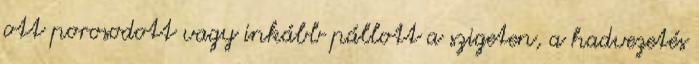
ott porosodott vagy inkább pállott a szigeten, a hadvezetés